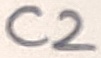
Text: C2